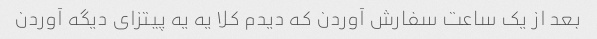
بعد از یک ساعت سفارش آوردن که دیدم کلا یه یه پیتزای دیگه آوردن